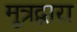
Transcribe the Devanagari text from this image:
मूत्रद्वारा